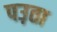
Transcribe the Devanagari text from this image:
पउ़ता